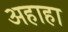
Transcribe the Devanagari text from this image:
अहाहा